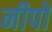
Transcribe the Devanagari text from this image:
नीपों